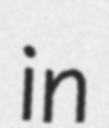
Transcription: in